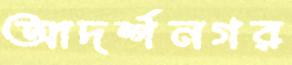
আদর্শনগর